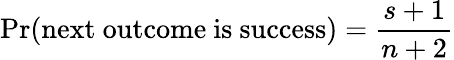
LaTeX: \operatorname*{Pr}({\mathrm{next~outcome~is~success}})={\frac{s+1}{n+2}}